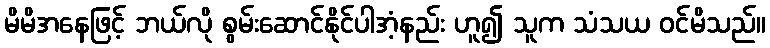
မိမိအနေဖြင့် ဘယ်လို စွမ်းဆောင်နိုင်ပါအံ့နည်း ဟူ၍ သူက သံသယ ဝင်မိသည်။